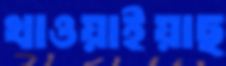
খাওয়াইয়াছ